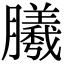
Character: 𣎮